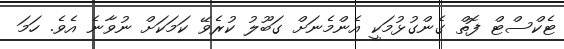
ޓެކްސްޓް ފޮތް ގެންގުޅުމަކީ އެންމެނަށް ގަބޫލު ކުރެވޭ ކަމަކަށް ނުވާނެ އެވެ. ހަމަ